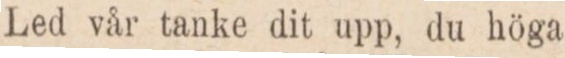
Led vår tanke dit upp, du höga,